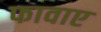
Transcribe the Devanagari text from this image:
फावाए